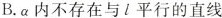
B.a内不存在与l平行的直线